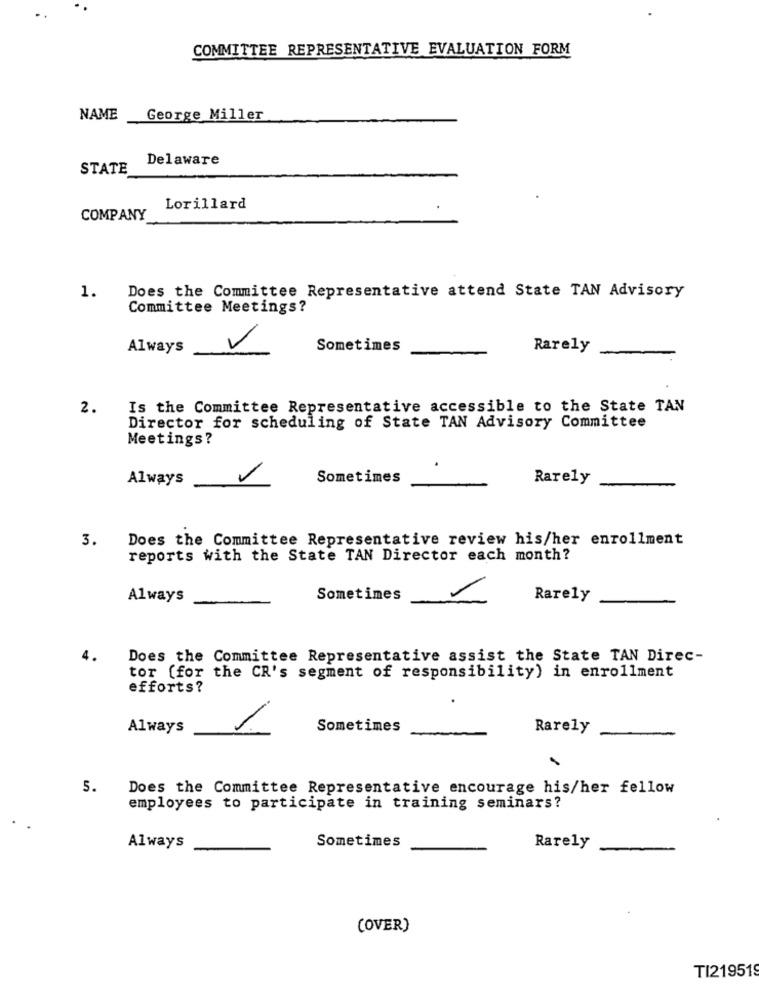
COMMITTEE REPRESENTATIVE EVALUATION FORM
NAME
George Miller
Delaware
STATE
Lorillard
COMPANY
Does the Committee Representative attend State TAN Advisory
1.
Committee Meetings?
Always
Sometimes
Rarely
2.
Is the Committee Representative accessible to the State TAN
Director for scheduling of State TAN Advisory Committee
Meetings?
Always
1
Sometimes
Rarely
Does the Committee Representative review his/her enrollment
3.
reports with the State TAN Director each month?
Always
Sometimes
Rarely
4.
Does the Committee Representative assist the State TAN Direc-
tor (for the CR's segment of responsibility) in enrollment
efforts?
Always
1
Sometimes
Rarely
5.
Does the Committee Representative encourage his/her fellow
employees to participate in training seminars?
Sometimes
Always
Rarely
(OVER)
TI219519